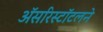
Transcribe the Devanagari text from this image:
अॅसरिस्टॉटलने